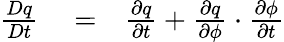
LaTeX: \begin{array}{rlr}{\frac{Dq}{Dt}}&{{}=}&{\frac{\partial q}{\partial t}+\frac{\partial q}{\partial\phi}\cdot\frac{\partial\phi}{\partial t}}\end{array}